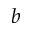
b